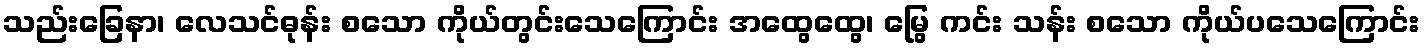
သည်းခြေနာ၊ လေသင်ဓုန်း စသော ကိုယ်တွင်းသေကြောင်း အထွေထွေ၊ မြွေ ကင်း သန်း စသော ကိုယ်ပသေကြောင်း